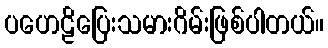
ပဟေဠိပြေးသမားဂိမ်းဖြစ်ပါတယ်။